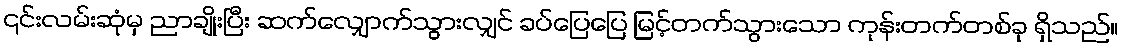
၎င်းလမ်းဆုံမှ ညာချိုးပြီး ဆက်လျှောက်သွားလျှင် ခပ်ပြေပြေ မြင့်တက်သွားသော ကုန်းတက်တစ်ခု ရှိသည်။